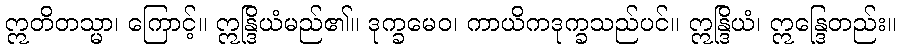
ဣတိတသ္မာ၊ ကြောင့်။ ဣန္ဒြိယံမည်၏။ ဒုက္ခမေဝ၊ ကာယိကဒုက္ခသည်ပင်။ ဣန္ဒြိယံ၊ ဣန္ဒြေတည်း။